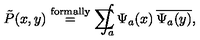
\tilde { P } ( x , y ) \stackrel { \mathrm { \scriptsize { f o r m a l l y } } } { = } \sum \! \! \! \! \! \! \! \int _ { a } \Psi _ { a } ( x ) \: \overline { { \Psi _ { a } ( y ) } } ,